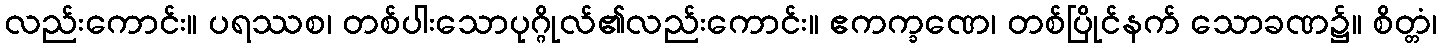
လည်းကောင်း။ ပရဿစ၊ တစ်ပါးသောပုဂ္ဂိုလ်၏လည်းကောင်း။ ဧကက္ခဏေ၊ တစ်ပြိုင်နက် သောခဏ၌။ စိတ္တံ၊